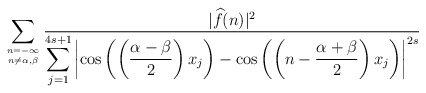
\begin{align*} \sum_{{n=-\infty}\atop{n\ne \alpha,\beta}}\frac{ |{\widehat f}(n)|^2 }{ \displaystyle\sum_{j=1}^{4s+1}\left|\cos\left(\left(\frac{\alpha-\beta}{2}\right)x_j\right)-\cos \left(\left(n-\frac{\alpha+\beta}{2}\right)x_j\right)\right|^{2s}}\end{align*}